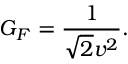
G _ { F } = \frac { 1 } { \sqrt { 2 } v ^ { 2 } } .